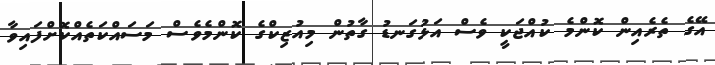
އޭގެ ތެރެއިން ކޮންމެ ކުއްޖަކީ ވެސް އަޅުގަނޑު ގާތުން މިއުޒިކްގެ ކޮންމެވެސް މަސައްކަތެއްކޮށްފައިވާ